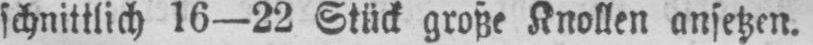
schnittlich 16-22 Stück große Knollen ansetzen.